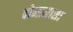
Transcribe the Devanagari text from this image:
बोनामासा